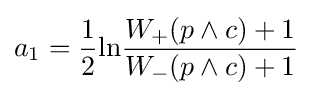
a_{1}={\frac {1}{2}}{\textrm {ln}}{\frac {W_{+}(p\wedge c)+1}{W_{-}(p\wedge c)+1}}